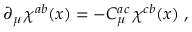
\partial _ { \mu } \, \chi ^ { a b } ( x ) = - C _ { \mu } ^ { a c } \, \chi ^ { c b } ( x ) \; ,